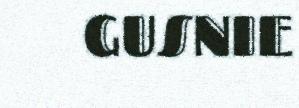
GUSNIE